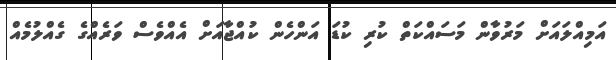
އަމިއްލައަށް މަރުވާން މަސައްކަތް ކުރި ކުޑަ އަންހެން ކުއްޖާއަށް އެއްވެސް ވަރެއްގެ ގެއްލުމެއް